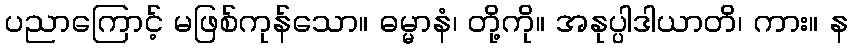
ပညာကြောင့် မဖြစ်ကုန်သော။ ဓမ္မာနံ၊ တို့ကို။ အနုပ္ပါဒါယာတိ၊ ကား။ န